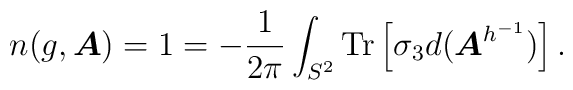
n(g,\mbox{\boldmath$A$})=1= -\frac{1}{2\pi}\int_{S^{2}} {\rm Tr}\left[ \sigma_{3} d(\mbox{\boldmath$A$}^{h^{-1}})\right].